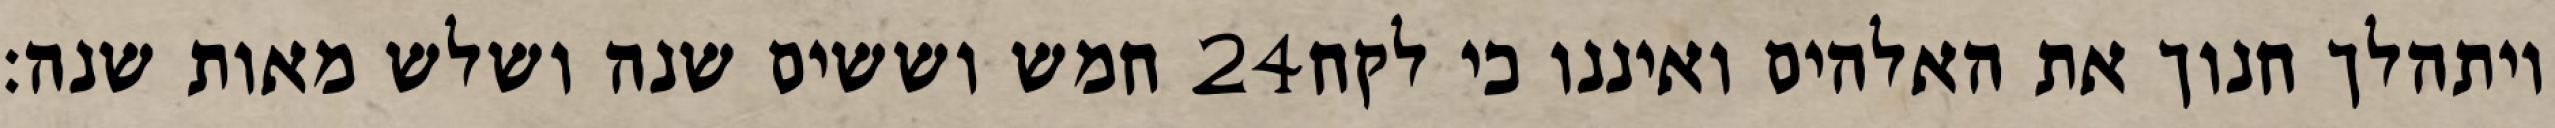
חמש וששים שנה ושלש מאות שנה׃ ‎24‏ ויתהלך חנוך את האלהים ואיננו כי לקח